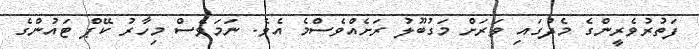
ފަތުރުވެރީންގެ މެދުގައި ވަރަށް މަގުބޫލު ރަށެއްވެސްމެ އެވެ. ނަމަވެސް މިހާރު ކޭޕް ޓައުންގެ